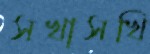
সখাসখি